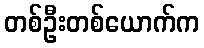
တစ်ဦးတစ်ယောက်က